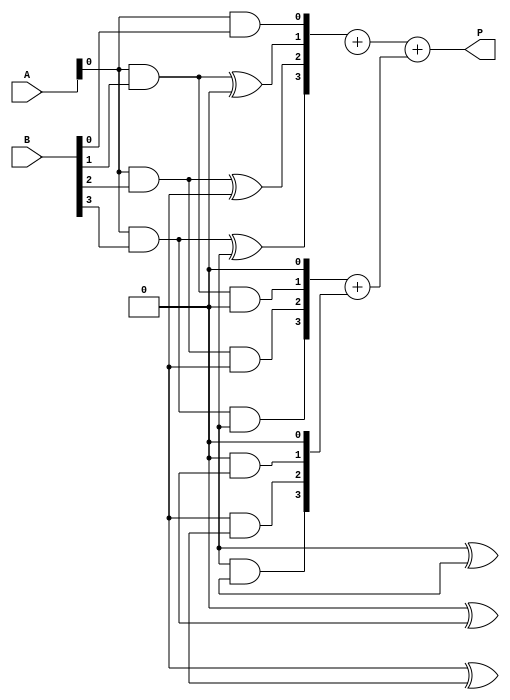
module dadda_multiplier #(parameter A_WIDTH = 4, B_WIDTH = 4)(
    input [A_WIDTH-1:0] A,
    input [B_WIDTH-1:0] B,
    output reg [A_WIDTH + B_WIDTH - 1:0] P
);

// Generate Partial Products
wire [A_WIDTH * B_WIDTH - 1:0] pp [0:A_WIDTH-1];
genvar i, j;
generate
    for (i = 0; i < A_WIDTH; i = i + 1) begin : pp_gen
        for (j = 0; j < B_WIDTH; j = j + 1) begin : pp_inner
            assign pp[i][j + (i * B_WIDTH)] = A[i] & B[j];
        end
    end
endgenerate

// Reduction Tree
wire [A_WIDTH * B_WIDTH - 1:0] sum [0:A_WIDTH-1];
wire [A_WIDTH * B_WIDTH - 1:0] carry [0:A_WIDTH-1];

// Stage 1: First Reduction
generate
    for (i = 0; i < A_WIDTH; i = i + 1) begin : stage1
        if (i < A_WIDTH - 1) begin
            assign sum[i][0] = pp[i][0];
            assign carry[i][0] = 0; // No carry for the first bit
            for (j = 1; j < B_WIDTH; j = j + 1) begin
                assign sum[i][j] = pp[i][j] ^ pp[i+1][j];
                assign carry[i][j] = pp[i][j] & pp[i+1][j];
            end
        end else begin
            assign sum[i][0] = pp[i][0];
            assign carry[i][0] = 0; // No carry for the first bit
            for (j = 1; j < B_WIDTH; j = j + 1) begin
                assign sum[i][j] = pp[i][j];
                assign carry[i][j] = 0; // No carry for the last row
            end
        end
    end
endgenerate

// Stage 2: Further Reduction
// This stage will vary depending on the number of partial products.
// Implement additional stages as needed based on the number of partial products.

wire [A_WIDTH + B_WIDTH - 1:0] final_sum;
wire [A_WIDTH + B_WIDTH - 1:0] final_carry;

// Final Addition
assign final_sum = sum[0] + sum[1]; // Add the last two rows of sums
assign final_carry = carry[0] + carry[1]; // Add the carries

// Output the final product
always @(*) begin
    P = final_sum + final_carry; // Combine the sums and carries
end

endmodule